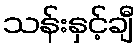
သန်းနှင့်ချီ